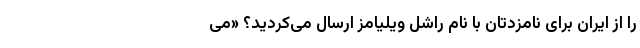
را از ایران برای نامزدتان با نام راشل ویلیامز ارسال می‌کردید؟ «می